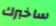
ساخبرك